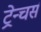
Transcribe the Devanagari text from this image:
ट्रेन्चर्स